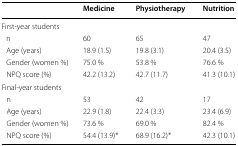
|  | Medicine | Physiotherapy | Nutrition |
 | --- | --- | --- | --- |
 | <COLSPAN=4> First-year students |
 | n | 60 | 65 | 47 |
 | Age (years) | 18.9 (1.5) | 19.8 (3.1) | 20.4 (3.5) |
 | Gender (women %) | 75.0 % | 53.8 % | 76.6 % |
 | NPQ score (%) | 42.2 (13.2) | 42.7 (11.7) | 41.3 (10.1) |
 | <COLSPAN=4> Final-year students |
 | n | 53 | 42 | 17 |
 | Age (years) | 22.9 (1.8) | 22.4 (3.3) | 23.4 (6.9) |
 | Gender (women %) | 73.6 % | 69.0 % | 82.4 % |
 | NPQ score (%) | 54.4 (13.9)* | 68.9 (16.2)* | 42.3 (10.1) |